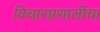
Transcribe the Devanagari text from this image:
विचारप्रणालींचा